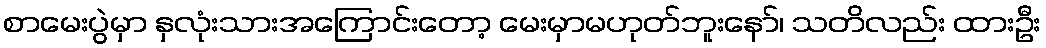
စာမေးပွဲမှာ နှလုံးသားအကြောင်းတော့ မေးမှာမဟုတ်ဘူးနော်၊ သတိလည်း ထားဦး